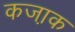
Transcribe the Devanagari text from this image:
कजा़क